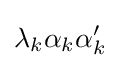
\lambda _{k}\alpha _{k}\alpha _{k}'